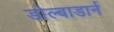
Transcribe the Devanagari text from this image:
डोल्बाडार्न